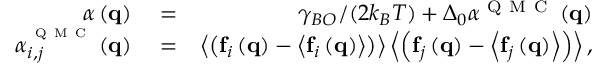
\begin{array} { r l r } { \alpha \left( { \mathbf { q } } \right) } & { { } = } & { { \gamma _ { B O } / ( 2 k _ { B } T ) } + { \Delta _ { 0 } } { \alpha ^ { { \mathrm { ~ Q ~ M ~ C ~ } } } } \left( { \mathbf { q } } \right) } \\ { \alpha _ { i , j } ^ { ^ { { \mathrm { ~ Q ~ M ~ C ~ } } } } \left( { \mathbf { q } } \right) } & { { } = } & { \left\langle { \left( { { \mathbf { f } _ { i } } \left( { \mathbf { q } } \right) - \left\langle { { \mathbf { f } _ { i } } \left( { \mathbf { q } } \right) } \right\rangle } \right) } \right\rangle \left\langle { \left( { { \mathbf { f } _ { j } } \left( { \mathbf { q } } \right) - \left\langle { { \mathbf { f } _ { j } } \left( { \mathbf { q } } \right) } \right\rangle } \right) } \right\rangle , } \end{array}